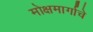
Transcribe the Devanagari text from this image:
मोक्षमार्गाचे